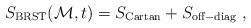
LaTeX: \begin{align*}S_{\rm BRST}({\cal M},t) = S_{\rm Cartan} + S_{\rm off-diag}~,\end{align*}